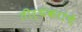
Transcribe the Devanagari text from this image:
तीर्थंकरांचे